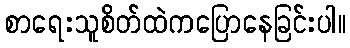
စာရေးသူစိတ်ထဲကပြောနေခြင်းပါ။